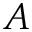
A